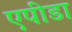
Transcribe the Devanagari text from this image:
एपीडा